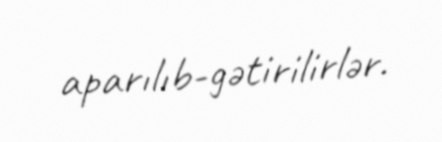
aparılıb-gətirilirlər.